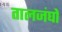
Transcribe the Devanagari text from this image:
तालजंघों